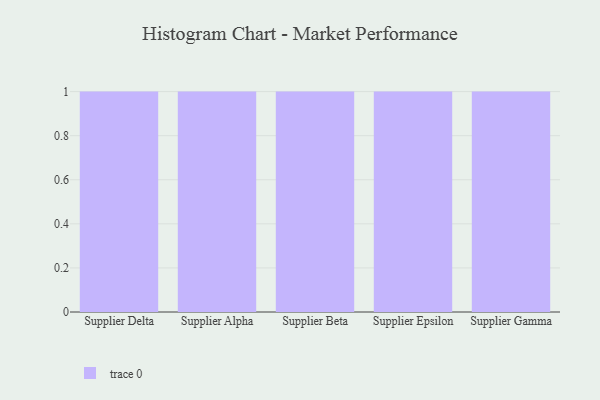
{"axis": {"x": "Supplier", "y": "Budget (USD K)"}, "legend": [""], "data": [{"x": "Supplier Delta", "y": 83, "type": ""}, {"x": "Supplier Alpha", "y": 99, "type": ""}, {"x": "Supplier Beta", "y": 59, "type": ""}, {"x": "Supplier Epsilon", "y": 41, "type": ""}, {"x": "Supplier Gamma", "y": 36, "type": ""}]}